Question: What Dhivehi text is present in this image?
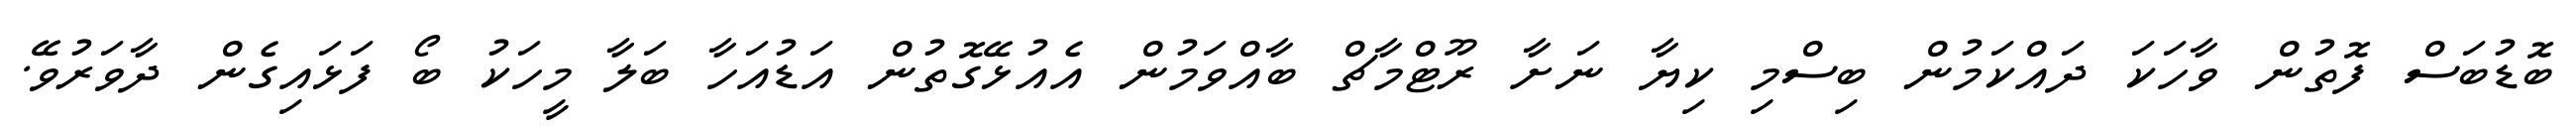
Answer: ބޮޑުބަސް ފޮތުން ވާހަކަ ދައްކަމުން ބިސްމި ކިޔާ ނަށާ ރޫޓްމާޗް ބާއްވަމުން އެއުޅޭގޮތުން އަޑުއަހާ ބަލާ މީހަކު ބޯ ފަޅައިގެން ދާވަރުވޭ.